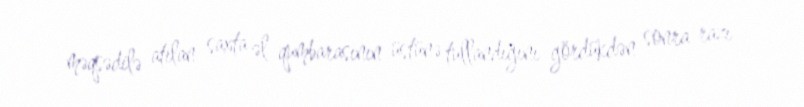
məqsədilə atılan saxta əl qumbarasının üstünə tullandığını gördükdən sonra razı